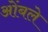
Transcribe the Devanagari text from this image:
ओंबले